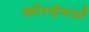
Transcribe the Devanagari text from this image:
कोल्हेवाडी